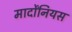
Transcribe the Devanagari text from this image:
मार्दोंनियस